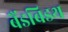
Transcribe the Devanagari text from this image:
बैंडबिडथ